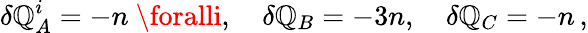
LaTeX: \delta\mathbb{Q}_{A}^{i}=-n\ \foralli,\quad\delta\mathbb{Q}_{B}=-3n,\quad\delta\mathbb{Q}_{C}=-n\, ,